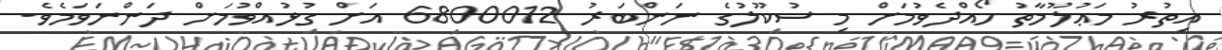
އިތުރު މަޢުލޫމާތު ހޯއްދެވުމަށް މި ސުކޫލުގެ ނަންބަރު 6800012 އަށް ގުޅުއްވުމަށް ދަންނަވަމެވެ.